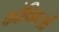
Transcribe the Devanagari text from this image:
कोषिकओं